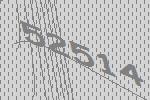
52514